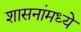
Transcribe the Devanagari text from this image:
शासनांमध्ये